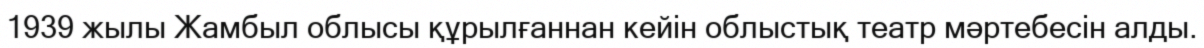
1939 жылы Жамбыл облысы құрылғаннан кейін облыстық театр мәртебесін алды.